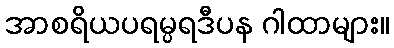
အာစရိယပရမ္ပရဒီပန ဂါထာများ။